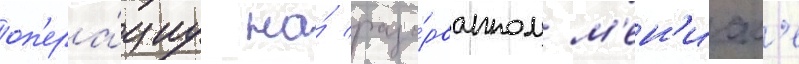
оп'ера́циу на́ разо́рванном м'ен'иск'е